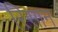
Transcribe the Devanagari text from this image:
रिसान